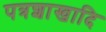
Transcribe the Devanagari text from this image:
पत्रशाखादि